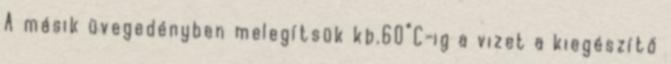
A másik üvegedényben melegítsük kb.60°C-ig a vizet a kiegészítő